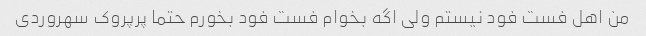
من اهل فست فود نیستم ولی اگه بخوام فست فود بخورم حتما پرپروک سهروردی